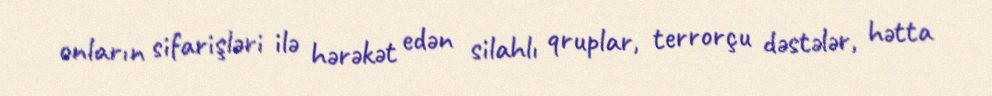
onların sifarişləri ilə hərəkət edən silahlı qruplar, terrorçu dəstələr, hətta